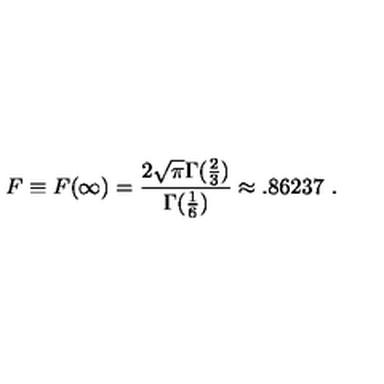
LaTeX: F \equiv F ( \infty ) = \frac { 2 \sqrt \pi \Gamma ( \frac { 2 } { 3 } ) } { \Gamma ( \frac { 1 } { 6 } ) } \approx . 8 6 2 3 7 \ .